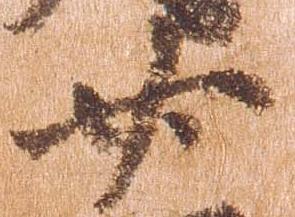
廿